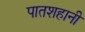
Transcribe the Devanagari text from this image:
पातशहानी